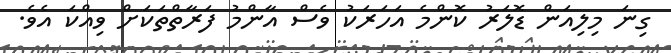
ގިނަ މިލިއަން ޑޮލަރު ކޮންމެ އަހަރަކު ވެސް އާންމު ފަރާތްތަކަށް ވިއްކަ އެވެ.